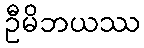
ဦမိဘယဿ